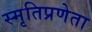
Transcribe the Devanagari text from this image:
स्मृतिप्रणेता